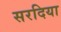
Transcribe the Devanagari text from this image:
सरदिया